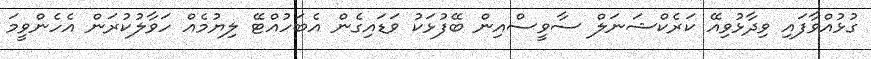
ގުޅުއްވާފައި ވިދާޅުވިއޭ ކަރެކްޝަނަލް ސާވީސްއިން ބޭފުޅަކު ވަޑައިގެން އެބަހުއްޓޭ ލިޔުމެއް ހަވާލުކުރަން އެހެންވީމަ